Vital statistics of India. Vol. V, Reports of 1876 on armies & jails and on epidemic cholera
Year: 1876
Disease focus: Cholera
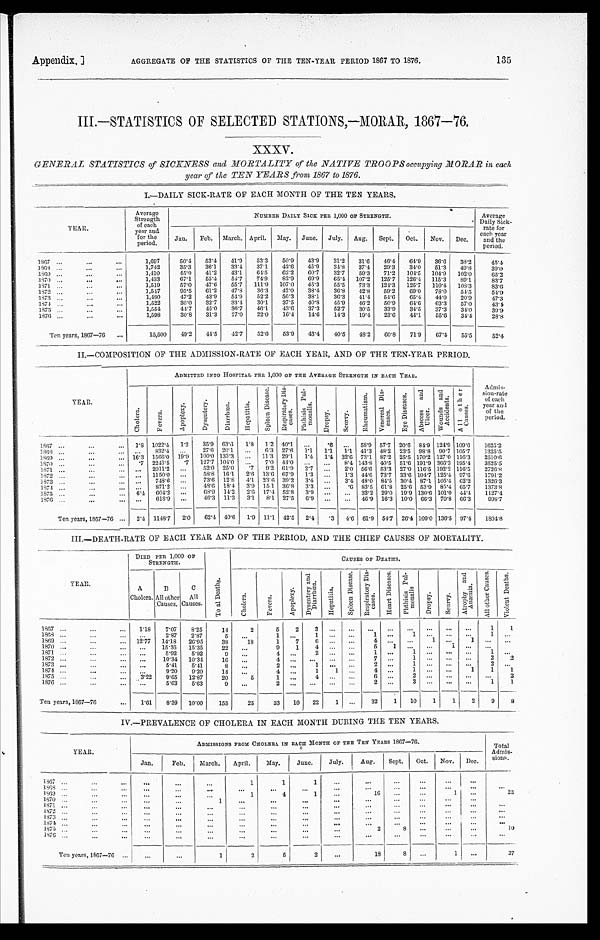
AGGREGATE OF THE STATISTICS OF THE TEN-YEAR PERIOD 1867 TO 1876.
Appendix.]
135
III.—STATISTICS OF SELECTED STATIONS,—MORAR, 1867—76.
XXXV.
GENERAL STATISTICS of SICKNESS and MORTALITY of the NATIVE TROOPS occupying MORAR in each
year of the TEN YEARS from 1867 to 1876.
I.—DAILY SICK-RATE OF EACH MONTH OF THE TEN YEARS.
YEAR.
Average
Strength
of each
year and
for the
period.
NUMBER DAILY SICK PER 1,000 OF STRENGTH.
Average
Daily Sick-
rate for
each year
and the
period.
Jan.
Feb. March. April. May. June. July. Aug.
Sept.
Oct.
Nov.
Dec.
1867 . . .
1,697
50.4
53.4
41.9
53.3
50.9
43.9
31.2
31.6
46.4
64.9
36.6
38.2
4 5 . 4
1868 . . .
1,742
35.3
36.1
33.4
37.1
42.6
45.9
34.8
37.4
29.3
34.0
51.3
49.8
39.0
1869 . . .
1,410
45.0
41.2
43.1
64.5
62.2
60.7
32.7
59.3
71.2
104.5 104.9
102.0
65.2
1870 . . .
1,433
67.1
55.4
54.7
74.9
82.9
69.9
65.4 107.2 125.7
126.4 115.3
89.1
8 3 . 7
1871 . . .
1,519
57.0
47.6
55.7
111.9 107.0
45.3
55.5
73.3 124.3
125.7
110.4 108.3
8 3 . 6
1872 . . .
1,547
95.5
61.2
47.8
36.3
42.0
38.4
36.8
42.8
59.2
69.0
78.0
54.5
5 4 . 9
1873 . . .
1,480
47.2
43.9
54.9
52.2
56.3
38.1
36.3
41.4
54.6
65.4
44.0
20.9
47.3
1874 . . .
1,522
30.0
32.7
33.4
30.1
37.5
40.8
45.9
46.2
50.9
64.6
63.3
57.0
43.4,
1875 . . .
1,554
44.7
45.0
36.7
46.1
43.6
37.3
52.7
30.5
33.9
34.5
37.3
34.0
39.9
1876 . . .
1,598
30.8
31.3
27.0
22.0
16.4
14.6
14.3
19.4
23.6
44.1
55.6
34.4
2 8 . 8
Ten years, 1867—76 . . .
15,500
49.2
44.5
42.7
52.6
53.9
43.4
40.5
48.2
60.8
71.9
67.4
55.5
5 2 . 4
II.—COMPOSITION OF THE ADMISSION-RATE OF EACH YEAR, AND OF THE TEN-YEAR PERIOD.
YEAR.
ADMITTED INTO HOSPITAL PER 1,000 OF THE AVERAGE STRENGTH IN EACH YEAR.
Admis-
sion-rate
of each
year and
of the
period.
C h o l e r a .
F e v e r s .
A p o p l e x y .
D y s e n t e r y .
D i a r r h œ a .
H e p a t i t i s .
S p l e e n D i s e a s e .
R e s p i r a t o r y D i s - e a s e s .
P h t h i s i s P u l - m o n a l i s .
D r o p s y .
S c u r v y .
R h c u m a t i s m . V e n e r e a l D i s - c a s e s .
E y e Di s e a s e s .
A b s c e s s a n d U l c e r .
W o u n d s a n d A c c i d e n t s .
A l l o t h e r C a u s e s .
1867 . . .
1 . 8 1022.4 1.2
35.9 63.6 1.8 1.2 40.1 . . .
.6
. . . 58.9 57.7 20.6 84.9 124.9 109.6
1625.2
. . . 832.4
. . .
27.6 20.1
. . .
6.3 27.6
1.1
1.1
1.1 41.3 48.2 23.5 98.8 90.7 105.7
1325.5
1868 . . .
16.3 1566.0 19.9 100.0 133.3
. . . 11.3 29.1
1.4 1.4 32.6 73.1 87.2 25.5 170.2 127.0 116.3
2510.6
1869 . . .
.7 2243.5
.7 127.7 104.0
. . .
7.0 44.0 . . .
. . . 8.4 143.8 40.5 51.6 191.9 366.3 195.4
3525.5
1870 . . .
. . . 2011.2
. . .
52.0 25.0
. 7 9.2 61.9
2.7
. . .
2.0 56.6 53.3 27.0 116.5 192.2 116.5
2726.8
1871 . . .
. . . 1150.0
. . .
58.8 16.1
2.6 13.6 67.9
1.3
. . .
1.3 44.6 73.7 33.6 104.7 125.4 97.6
1791.2
1872 . . .
. . . 748.6
. . .
73.6 12.8
4.1 23.6 39.2 3.4
. . .
3.4 48.0 84.5 30.4 87.1 105.4 62.2
1326.3
1873 . . .
. . . 871.2
. . .
48.6 18.4
3.9 151 36.8 3.3
. . .
. 6 83.5 61.8 25.6 53.9 85.4 65.7
1373.8
1874 . . .
6.4 604.2
. . .
68.9 14.2
2. 6 17.4 52.8
3.9
. . .
. . . 32.2 29.0 19.9 130.6 101.0 44.4
1127.4
1875 . . .
. . .
618.9
. . .
46.3 11.3
3.1
8.1 27.5
6.9
. . .
. . . 46.9 16.3 10.0 66.3 70.8 66.3
9 9 8 . 7
1876 . . .
Ten years, 1867—76 . . . 2.4 1148.7 2.0
62.4 40.6
1.9 11.1 42.5
2.4
.3
4.6 61.9 54.7 26.4 109.0 136.5 97.4
1804.8
III.—DEATH-RATE OF EACH YEAR AND OF THE PERIOD, AND THE CHIEF CAUSES OF MORTALITY.
YEAR.
DIED PER 1,000 OF
STRENGTH.
T o t a l D e a t h s .
C A U S E S O F D E A T H S .
A
B
C
C h o l e r a .
F e v e r s .
A p o p l e x y .
Dy s e n t e r y a n d
Di ar r hœa.
H e p a t i t i s .
S p l e e n D i s e a s e . R e s p i r a t o r y D i s - e a s e s .
H e a r t D i s e a s e s .
P h t h i s i s P u l - m o n a l i s .
D r o p s y .
S c u r v y
.
A t r o p h y a n d A n æ m i a .
A l l o t h e r C a u s e s .
V i o l e n t D e a t h s .
Cholera. All other
Causes.
All
Causes.
1867 . . .
1.18
7.07
8.25
14
2
5
2
3
. . .
. . .
. . .
. . .
. . . . . . . . .
. . .
1
1
1868 . . .
. . . 2.87
2.87
5
. . .
1
. . .
1
. . .
. . .
1
. . .
1 . . . . . .
. . .
1
. . .
1869 . . .
12.77
14.18
26.95
38
18
1
7
6
. . .
. . .
4
. . .
. . .
1
. . .
1
. . .
. . .
1870 . . .
. . . 15.35
15.35
22
. . .
9
1
4
. . .
. . .
5
1
. . .
. . . 1
. . .
. . .
. . .
1871 . . .
. . . 5.92
5.92
9
. . .
4
. . .
2 . . .
. . .
1
. . .
1
. . .
. . .
. . .
1
. . .
1872 . . .
. . . 10.34 10.34
16
. . .
4
. . .
. . . . . .
. . .
7
. . .
1 . . . . . .
. . .
2
2
1873 . . .
. . . 5.41
5.41
8
. . .
2
. . . 1
. . .
. . .
2
. . .
1
. . .
. . .
. . .
2
. . .
1874 . . .
. . .
9.20
9.20
14
. . .
4
. . . 1
1
. . .
4
. . .
1 . . . . . .
1
1
1
1875 . . .
3.22
9.65
12.87
20
5
1
. . .
4
. . .
. . .
6
. . .
2 . . . . . .
. . .
. . . 2
1876 . . .
. . . 5.63
5.63
9
. . .
2
. . .
. . .
. . .
. . .
2
. . .
3 . . . . . .
. . .
1
1
Ten years, 1867—76 . . .
1.61
8.39 10.00
155
25
33
10
22
1
. . .
32
1
10
1
1
2
9
8
IV.—PREVALENCE OF CHOLERA IN EACH MONTH DURING THE TEN YEARS.
YEAR.
ADMISSIONS FROM CHOLERA IN EACH MONTH OF THE TEN YEARS 1867—76.
Total Admis-
sion.
Jan. Feb.
March.
April.
May.
June.
July.
Aug.
Sept.
Oct.
Nov.
Dec.
1867 . . .
. . .
. . .
. . .
1
1
1
. . .
. . .
. . .
. . .
. . .
. . . . . .
1868 . . .
. . .
. . .
. . .
. . .
. . .
. . .
. . .
. . .
. . .
. . .
. . .
. . .
. . .
1869 . . .
. . .
. . .
. . .
1
4
1
. . .
16
. . .
. . .
1
. . .
23
1870 . . .
. . .
. . .
1
. . .
. . .
. . .
. . .
. . .
. . .
. . .
. . .
. . .
. . .
1871 . . .
. . .
. . .
. . .
. . .
. . .
. . .
. . .
. . .
. . .
. . .
. . .
. . .
. . .
1872 . . .
. . .
. . .
. . .
. . .
. . .
. . .
. . .
. . .
. . .
. . . . . .
. . .
. . .
1873 . . .
. . .
. . .
. . .
. . .
. . .
. . .
. . .
. . .
. . .
. . .
. . .
. . .
. . .
1874 . . .
. . .
. . .
. . .
. . . . . .
. . .
. . .
. . .
. . .
. . .
. . .
. . .
. . .
1875 . . .
. . .
. . .
. . .
. . .
. . .
. . .
. . .
2
8
. . .
. . .
. . .
10
1876 . . .
. . .
. . .
. . .
. . .
. . .
. . .
. . .
. . .
. . .
. . .
. . .
. . .
. . .
Ten years, 1867—76 . . .
. . .
. . .
1
2
5
2
. . .
18
8
. . .
1 . . .
3 7